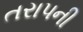
તરાપની